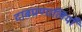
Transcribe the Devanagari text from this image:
दाबप्रणालियाँ